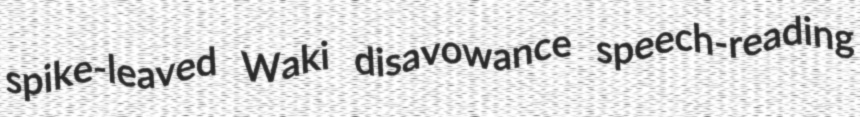
spike-leaved Waki disavowance speech-reading